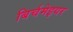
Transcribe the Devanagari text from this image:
बिर्चमेइयर